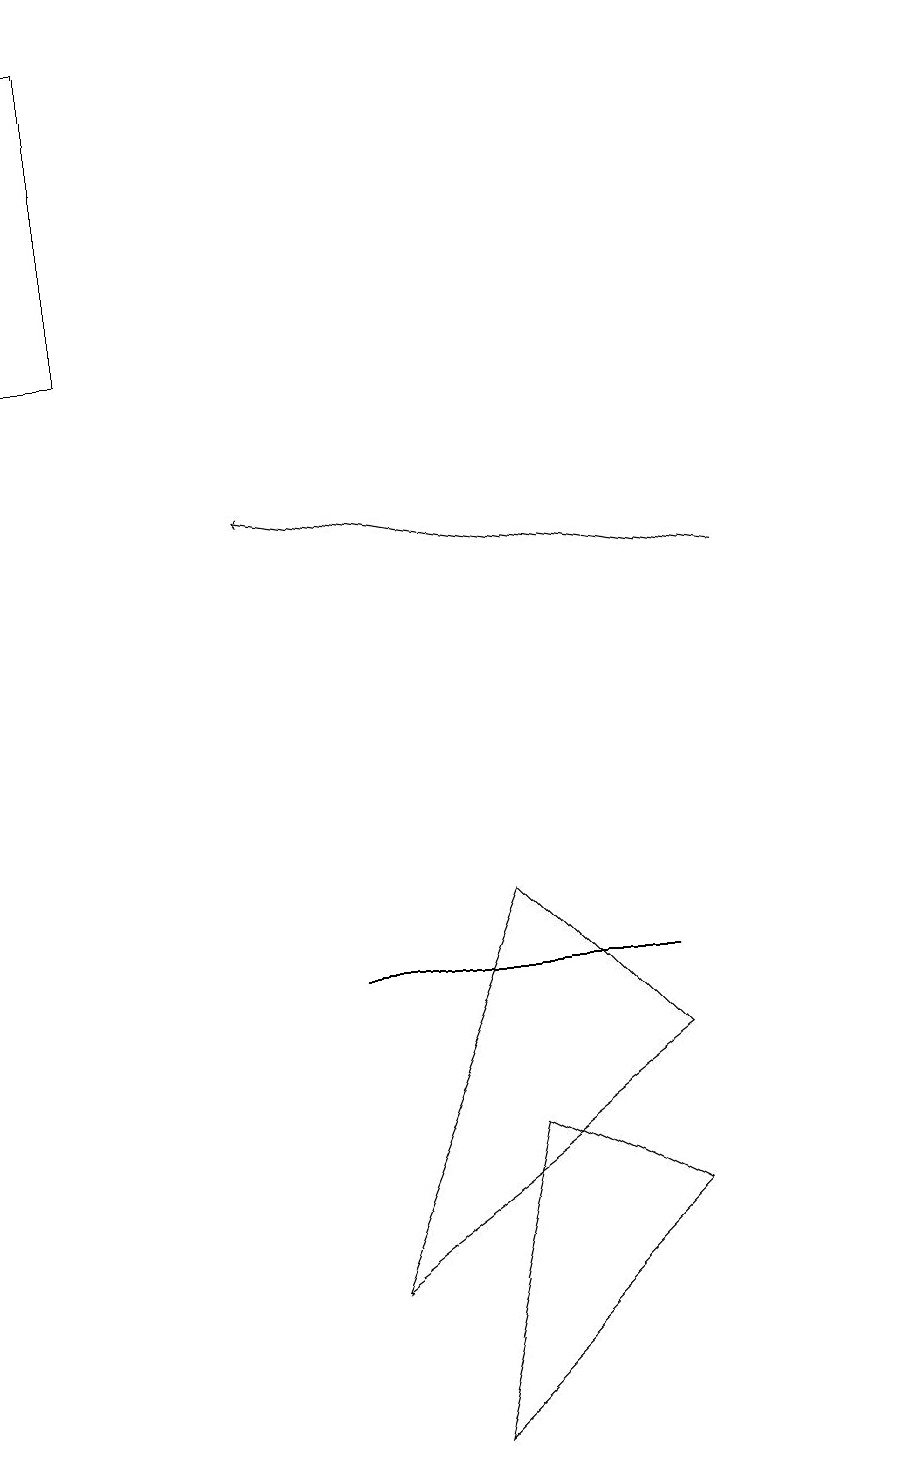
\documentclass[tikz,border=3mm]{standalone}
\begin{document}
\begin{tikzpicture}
\draw (0,19) rectangle (1,15);
\draw (8,6) -- (6,8) -- (4,3) -- cycle;
\draw (4,7) -- (6,7) -- (8,7) -- cycle;
\draw (6,5) -- (8,4) -- (5,1) -- cycle;
\draw (11,11) circle (0);
\draw[->] (9,12) -- (3,13);
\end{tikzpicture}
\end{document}